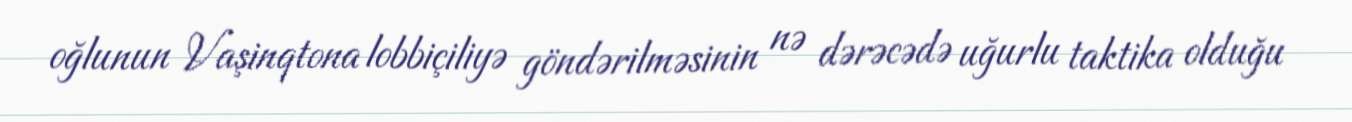
oğlunun Vaşinqtona lobbiçiliyə göndərilməsinin nə dərəcədə uğurlu taktika olduğu